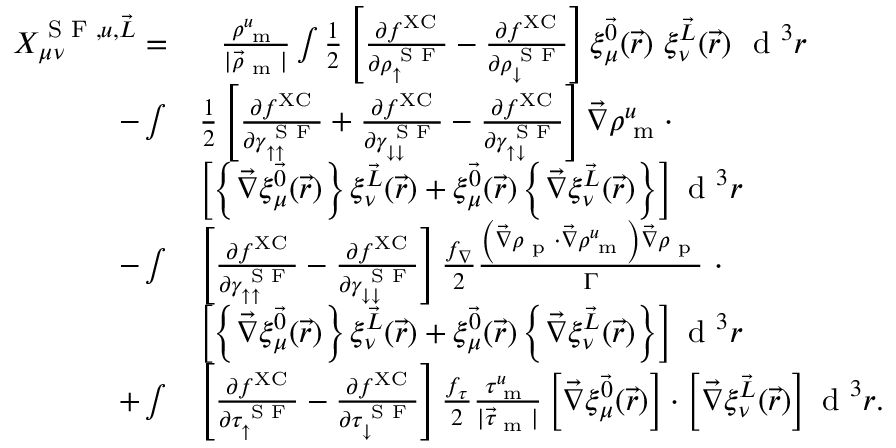
\begin{array} { r l } { X _ { \mu \nu } ^ { \textrm { S F } , u , \vec { L } } = } & { \phantom { + } \frac { \rho _ { \textrm { m } } ^ { u } } { | \vec { \rho } _ { \textrm { m } } | } \int \frac { 1 } { 2 } \left[ \frac { \partial f ^ { \mathrm { X C } } } { \partial \rho _ { \uparrow } ^ { \textrm { S F } } } - \frac { \partial f ^ { \mathrm { X C } } } { \partial \rho _ { \downarrow } ^ { \textrm { S F } } } \right] \xi _ { \mu } ^ { \vec { 0 } } ( \vec { r } ) ~ \xi _ { \nu } ^ { \vec { L } } ( \vec { r } ) ~ \textrm { d } ^ { 3 } r } \\ { - \int } & { \frac { 1 } { 2 } \left[ \frac { \partial f ^ { \mathrm { X C } } } { \partial \gamma _ { \uparrow \uparrow } ^ { \textrm { S F } } } + \frac { \partial f ^ { \mathrm { X C } } } { \partial \gamma _ { \downarrow \downarrow } ^ { \textrm { S F } } } - \frac { \partial f ^ { \mathrm { X C } } } { \partial \gamma _ { \uparrow \downarrow } ^ { \textrm { S F } } } \right] \vec { \nabla } \rho _ { \textrm { m } } ^ { u } \cdot } \\ & { \left[ \left\{ \vec { \nabla } \xi _ { \mu } ^ { \vec { 0 } } ( \vec { r } ) \right\} \xi _ { \nu } ^ { \vec { L } } ( \vec { r } ) + \xi _ { \mu } ^ { \vec { 0 } } ( \vec { r } ) \left\{ \vec { \nabla } \xi _ { \nu } ^ { \vec { L } } ( \vec { r } ) \right\} \right] \textrm { d } ^ { 3 } r } \\ { - \int } & { \left[ \frac { \partial f ^ { \mathrm { X C } } } { \partial \gamma _ { \uparrow \uparrow } ^ { \textrm { S F } } } - \frac { \partial f ^ { \mathrm { X C } } } { \partial \gamma _ { \downarrow \downarrow } ^ { \textrm { S F } } } \right] \frac { f _ { \nabla } } { 2 } \frac { \left( \vec { \nabla } \rho _ { \textrm { p } } \cdot \vec { \nabla } \rho _ { \textrm { m } } ^ { u } \right) \vec { \nabla } \rho _ { \textrm { p } } } { \Gamma } ~ \cdot } \\ & { \left[ \left\{ \vec { \nabla } \xi _ { \mu } ^ { \vec { 0 } } ( \vec { r } ) \right\} \xi _ { \nu } ^ { \vec { L } } ( \vec { r } ) + \xi _ { \mu } ^ { \vec { 0 } } ( \vec { r } ) \left\{ \vec { \nabla } \xi _ { \nu } ^ { \vec { L } } ( \vec { r } ) \right\} \right] \textrm { d } ^ { 3 } r } \\ { + \int } & { \left[ \frac { \partial f ^ { \mathrm { X C } } } { \partial \tau _ { \uparrow } ^ { \textrm { S F } } } - \frac { \partial f ^ { \mathrm { X C } } } { \partial \tau _ { \downarrow } ^ { \textrm { S F } } } \right] \frac { f _ { \tau } } { 2 } \frac { \tau _ { \textrm { m } } ^ { u } } { | \vec { \tau } _ { \textrm { m } } | } \left[ \vec { \nabla } \xi _ { \mu } ^ { \vec { 0 } } ( \vec { r } ) \right] \cdot \left[ \vec { \nabla } \xi _ { \nu } ^ { \vec { L } } ( \vec { r } ) \right] \textrm { d } ^ { 3 } r . } \end{array}